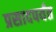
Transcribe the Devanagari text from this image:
प्रसादपर्यंत